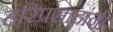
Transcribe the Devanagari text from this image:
हरिप्रसादांनी